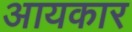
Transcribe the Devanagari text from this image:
आयकार